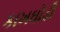
કાખઘોડી